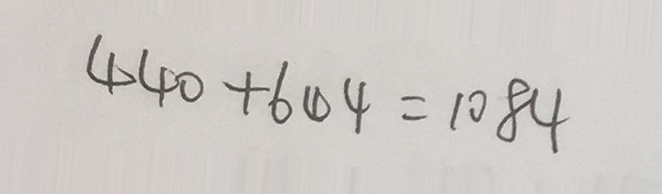
4 4 0 + 6 4 4 = 1 0 8 4